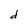
Character: d